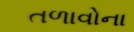
તળાવોના